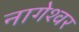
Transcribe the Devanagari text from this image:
नागेश्‍वर